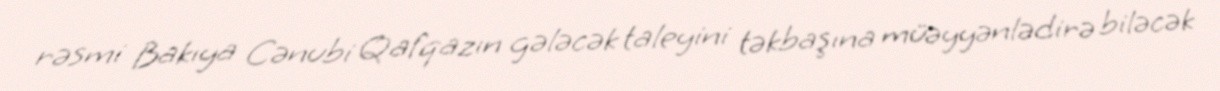
rəsmi Bakıya Cənubi Qafqazın gələcək taleyini təkbaşına müəyyənlədirə biləcək